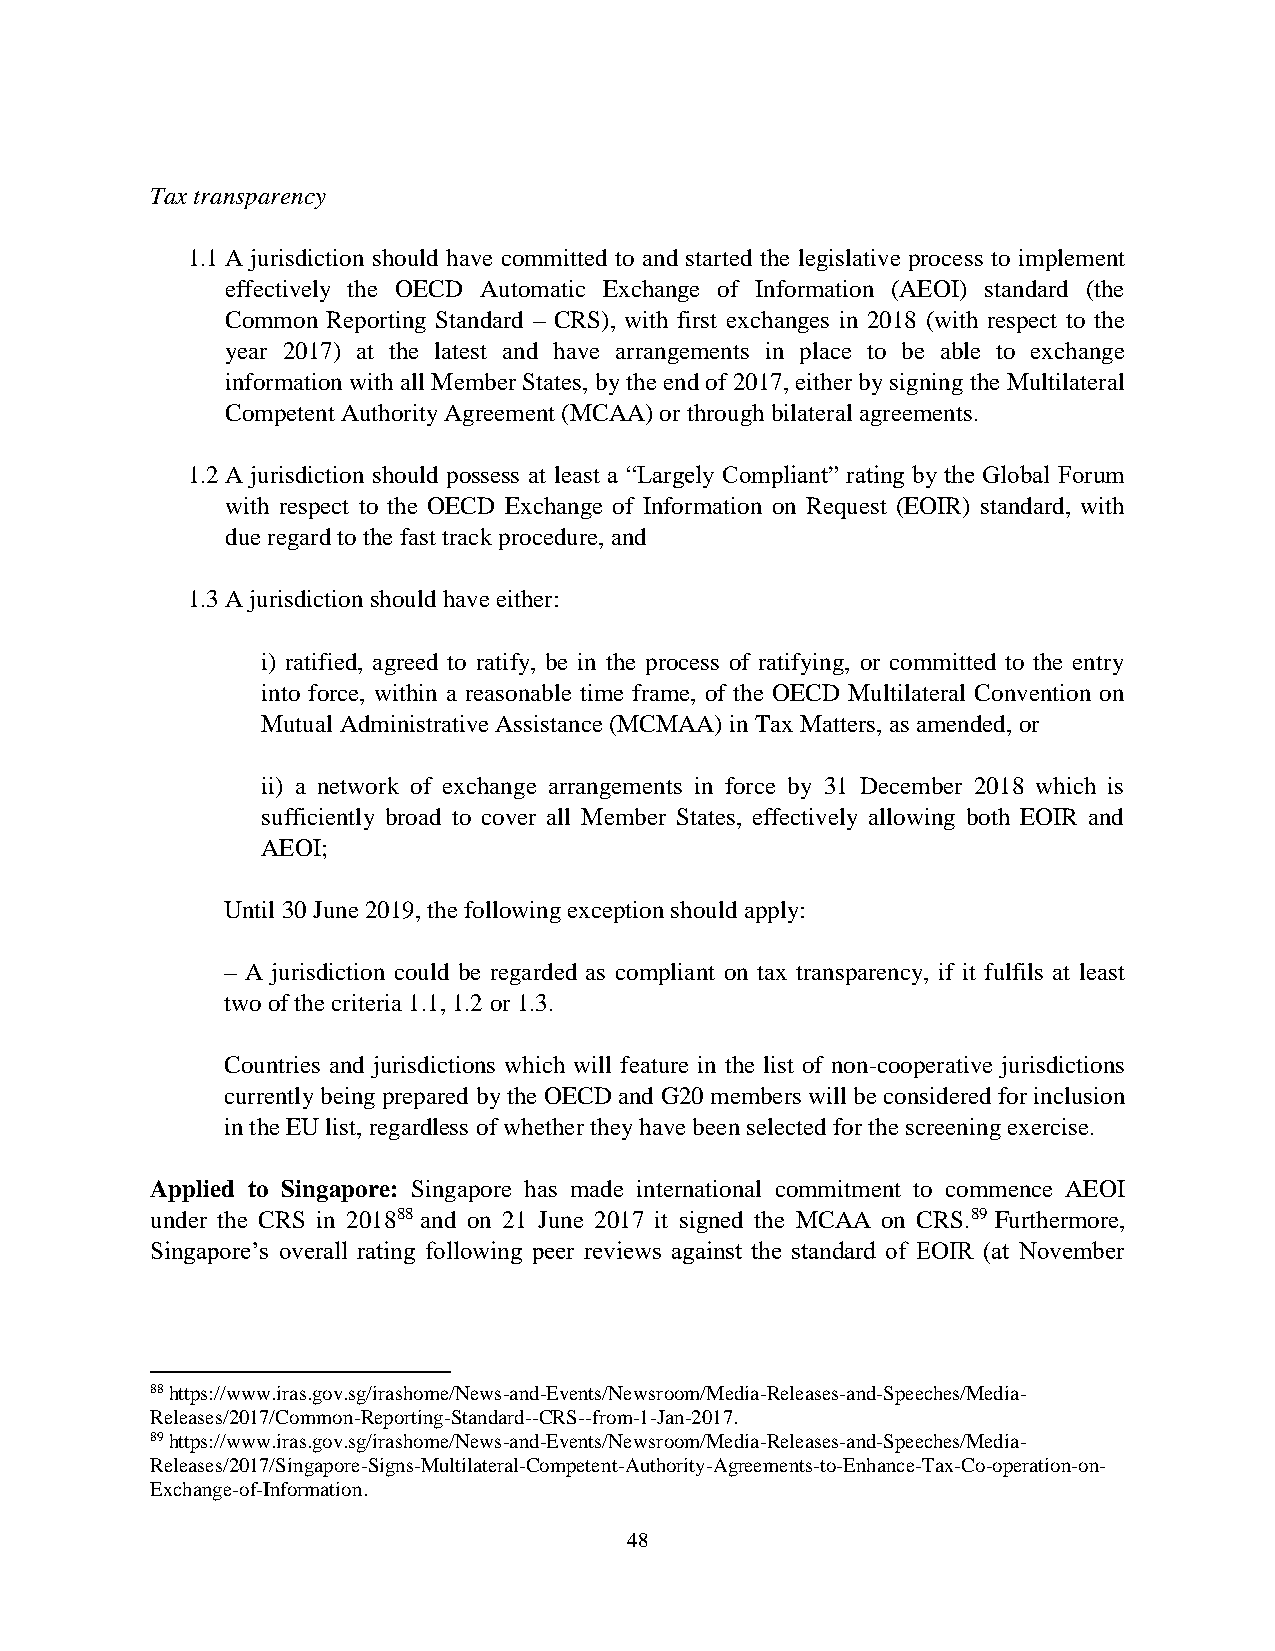
Tax transparency
 1.1 A jurisdiction should have committed to and started the legislative process to implement
 effectively the OECD Automatic Exchange of Information (AEOI) standard (the
 Common Reporting Standard – CRS), with first exchanges in 2018 (with respect to the
 year 2017) at the latest and have arrangements in place to be able to exchange
 information with all Member States, by the end of 2017, either by signing the Multilateral
 Competent Authority Agreement (MCAA) or through bilateral agreements.
 1.2 A jurisdiction should possess at least a “Largely Compliant” rating by the Global Forum
 with respect to the OECD Exchange of Information on Request (EOIR) standard, with
 due regard to the fast track procedure, and
 1.3 A jurisdiction should have either:
 i) ratified, agreed to ratify, be in the process of ratifying, or committed to the entry
 into force, within a reasonable time frame, of the OECD Multilateral Convention on
 Mutual Administrative Assistance (MCMAA) in Tax Matters, as amended, or
 ii) a network of exchange arrangements in force by 31 December 2018 which is
 sufficiently broad to cover all Member States, effectively allowing both EOIR and
 AEOI;
 Until 30 June 2019, the following exception should apply:
 – A jurisdiction could be regarded as compliant on tax transparency, if it fulfils at least
 two of the criteria 1.1, 1.2 or 1.3.
 Countries and jurisdictions which will feature in the list of non-cooperative jurisdictions
 currently being prepared by the OECD and G20 members will be considered for inclusion
 in the EU list, regardless of whether they have been selected for the screening exercise.
 Applied to Singapore: Singapore has made international commitment to commence AEOI
 under the CRS in 201888 and on 21 June 2017 it signed the MCAA on CRS.89 Furthermore,
 Singapore’s overall rating following peer reviews against the standard of EOIR (at November
 88 https://www.iras.gov.sg/irashome/News-and-Events/Newsroom/Media-Releases-and-Speeches/Media-
 Releases/2017/Common-Reporting-Standard--CRS--from-1-Jan-2017.
 89 https://www.iras.gov.sg/irashome/News-and-Events/Newsroom/Media-Releases-and-Speeches/Media-
 Releases/2017/Singapore-Signs-Multilateral-Competent-Authority-Agreements-to-Enhance-Tax-Co-operation-on-
 Exchange-of-Information.
 48